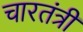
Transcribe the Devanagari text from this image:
चारतंत्री